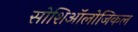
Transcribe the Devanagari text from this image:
सोशिऑलोजिकल